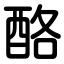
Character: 酪